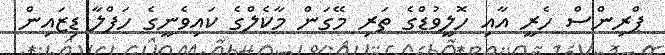
ޕްރިންސް ހެރީ އާއި ހޮލީވުޑްގެ ތަރި މޭގަން މާކެލްގެ ކައިވެނީގެ ހަފްލާ ޑިޒައިން